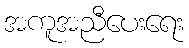
အကူအညီပေးရေး